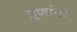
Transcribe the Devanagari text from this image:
हूणांना